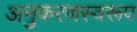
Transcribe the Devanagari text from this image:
अनुकरणस्वरूप